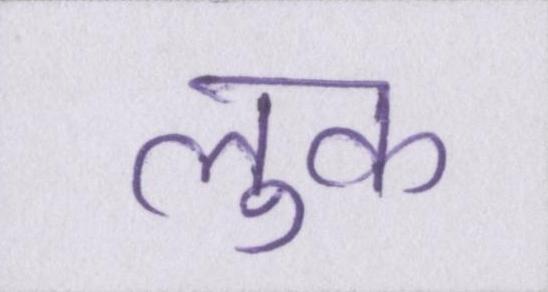
लुक